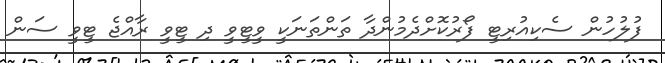
ފުލުހުން ސެކިއުރިޓީ ފޯރުކޮށްދެމުންދާ ތަންތަނަކީ ވީޓީވީ ދި ޓީވީ ރާއްޖެ ޓީވީ ސަން